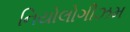
નિયોલોગીઝમ